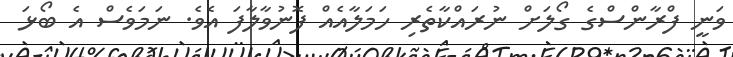
ވަނީ ފްރާންސްގެ ގޯލަށް ނުރައްކާތެރި ހަމަލާއެއް ފޮނުވާލާފަ އެވެ. ނަމަވެސް އެ ބޯޅަ